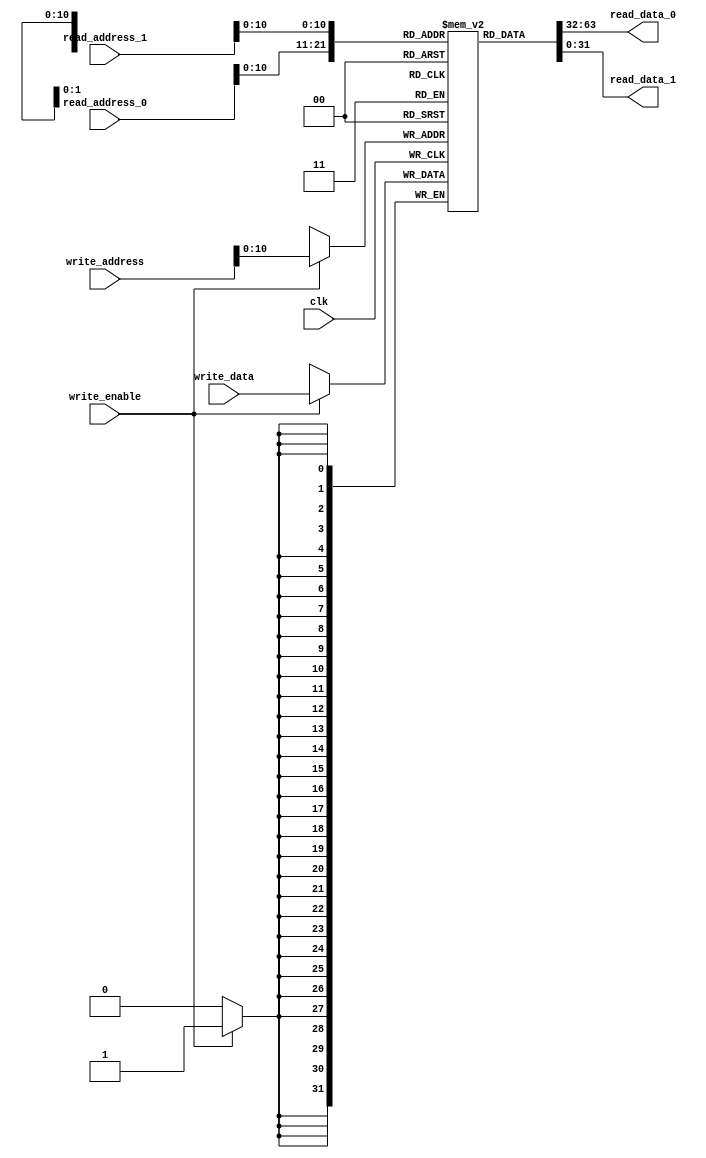
module dual_port_main_memory(
                             /* verilator lint_off UNUSED */
                             input [31:0]  read_address_0,
                             input [31:0]  read_address_1,

                             output [31:0] read_data_0,
                             output [31:0] read_data_1,

                             input [31:0]  write_address,
                             input [31:0]  write_data,

                             input         write_enable,
                                           
                             input         clk);

   parameter depth = 2048;

   reg [31:0]                    mem[depth - 1 : 0];

   always @(posedge clk) begin

      $display("Memory read address 0 %d", read_address_0);
      $display("Memory read address 1 %d", read_address_1);

      if (write_enable) begin
         $display("Writing %b to memory address %b", write_data, write_address);
         mem[write_address] <= write_data;
      end
      
   end

   assign read_data_0 = mem[read_address_0];
   assign read_data_1 = mem[read_address_1];

endmodule